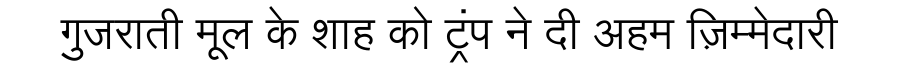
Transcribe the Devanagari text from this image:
गुजराती मूल के शाह को ट्रंप ने दी अहम ज़िम्मेदारी